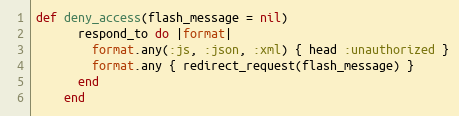
Language: Ruby
def deny_access(flash_message = nil)
      respond_to do |format|
        format.any(:js, :json, :xml) { head :unauthorized }
        format.any { redirect_request(flash_message) }
      end
    end